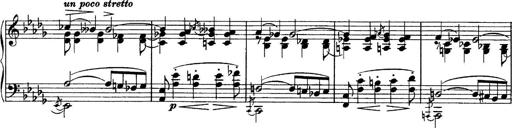
Title: Sonatina No.6
Composer: Ferruccio Busoni